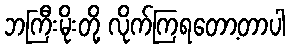
ဘကြီးမိုးတို့ လိုက်ကြရတော့တာပါ